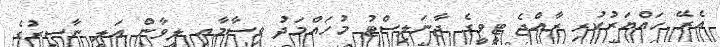
އެރޭ ހައްޔަރުކުރި ރާއްޖެ ޓީވީގެ ޖާނަލިސްޓު މުހައްމަދު ވިސާމާއި ލީވާން އަލީ ނާސިރުގެ